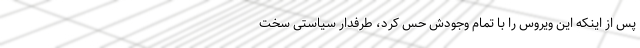
پس از اینکه این ویروس را با تمام وجودش حس کرد، طرفدار سیاستی سخت